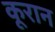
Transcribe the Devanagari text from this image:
कूरान